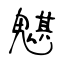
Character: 魌